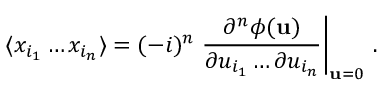
\langle x _ { i _ { 1 } } \dots x _ { i _ { n } } \rangle = ( - i ) ^ { n } \left. { \frac { \partial ^ { n } \phi ( { \bf u } ) } { \partial u _ { i _ { 1 } } \dots \partial u _ { i _ { n } } } } \right| _ { { \bf u } = 0 } \, .